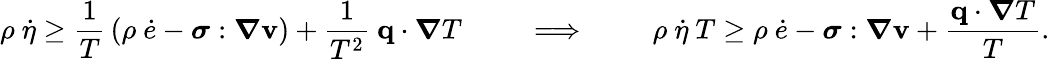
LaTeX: \rho~{\dot{\eta}}\geq{\frac{1}{T}}\left(\rho~{\dot{e}}-{\boldsymbol{\sigma}}:{\boldsymbol{\nabla}}\mathbf{v}\right)+{\frac{1}{T^{2}}}~\mathbf{q}\cdot{\boldsymbol{\nabla}}T\qquad\implies\qquad\rho~{\dot{\eta}}~T\geq\rho~{\dot{e}}-{\boldsymbol{\sigma}}:{\boldsymbol{\nabla}}\mathbf{v}+{\frac{\mathbf{q}\cdot{\boldsymbol{\nabla}}T}{T}}.